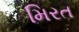
મિરત